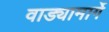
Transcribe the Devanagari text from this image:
वाड्यामार्गे